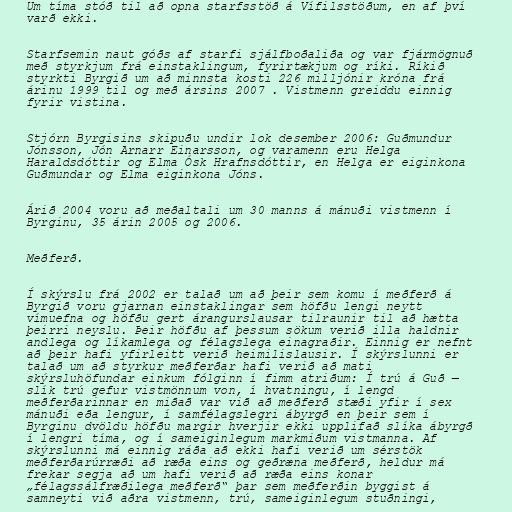
Um tíma stóð til að opna starfsstöð á Vífilsstöðum, en af því
varð ekki.

Starfsemin naut góðs af starfi sjálfboðaliða og var fjármögnuð
með styrkjum frá einstaklingum, fyrirtækjum og ríki. Ríkið
styrkti Byrgið um að minnsta kosti 226 milljónir króna frá
árinu 1999 til og með ársins 2007 . Vistmenn greiddu einnig
fyrir vistina.

Stjórn Byrgisins skipuðu undir lok desember 2006: Guðmundur
Jónsson, Jón Arnarr Einarsson, og varamenn eru Helga
Haraldsdóttir og Elma Ósk Hrafnsdóttir, en Helga er eiginkona
Guðmundar og Elma eiginkona Jóns.

Árið 2004 voru að meðaltali um 30 manns á mánuði vistmenn í
Byrginu, 35 árin 2005 og 2006.

Meðferð.

Í skýrslu frá 2002 er talað um að þeir sem komu í meðferð á
Byrgið voru gjarnan einstaklingar sem höfðu lengi neytt
vímuefna og höfðu gert árangurslausar tilraunir til að hætta
þeirri neyslu. Þeir höfðu af þessum sökum verið illa haldnir
andlega og líkamlega og félagslega einagraðir. Einnig er nefnt
að þeir hafi yfirleitt verið heimilislausir. Í skýrslunni er
talað um að styrkur meðferðar hafi verið að mati
skýrsluhöfundar einkum fólginn í fimm atriðum: Í trú á Guð —
slík trú gefur vistmönnum von, í hvatningu, í lengd
meðferðarinnar en miðað var við að meðferð stæði yfir í sex
mánuði eða lengur, í samfélagslegri ábyrgð en þeir sem í
Byrginu dvöldu höfðu margir hverjir ekki upplifað slíka ábyrgð
í lengri tíma, og í sameiginlegum markmiðum vistmanna. Af
skýrslunni má einnig ráða að ekki hafi verið um sérstök
meðferðarúrræði að ræða eins og geðræna meðferð, heldur má
frekar segja að um hafi verið að ræða eins konar
„félagssálfræðilega meðferð“ þar sem meðferðin byggist á
samneyti við aðra vistmenn, trú, sameiginlegum stuðningi,